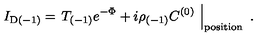
I _ { \mathrm { D } ( - 1 ) } = \left. T _ { ( - 1 ) } e ^ { - \Phi } + i \rho _ { ( - 1 ) } C ^ { ( 0 ) } \ \right| _ { \mathrm { p o s i t i o n } } \ .